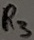
Text: R3